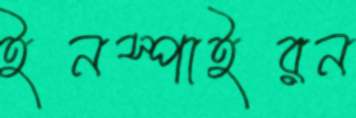
ইনস্পাইরন